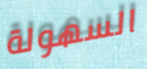
السهولة